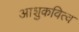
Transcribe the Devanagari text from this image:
आशुकवित्व